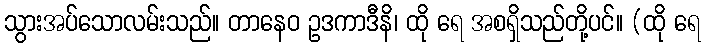
သွားအပ်သောလမ်းသည်။ တာနေဝ ဥဒကာဒီနိ၊ ထို ရေ အစရှိသည်တို့ပင်။ (ထို ရေ